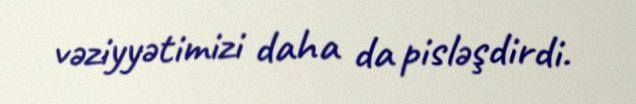
vəziyyətimizi daha da pisləşdirdi.